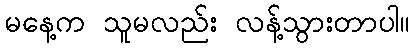
မနေ့က သူမလည်း လန့်သွားတာပါ။